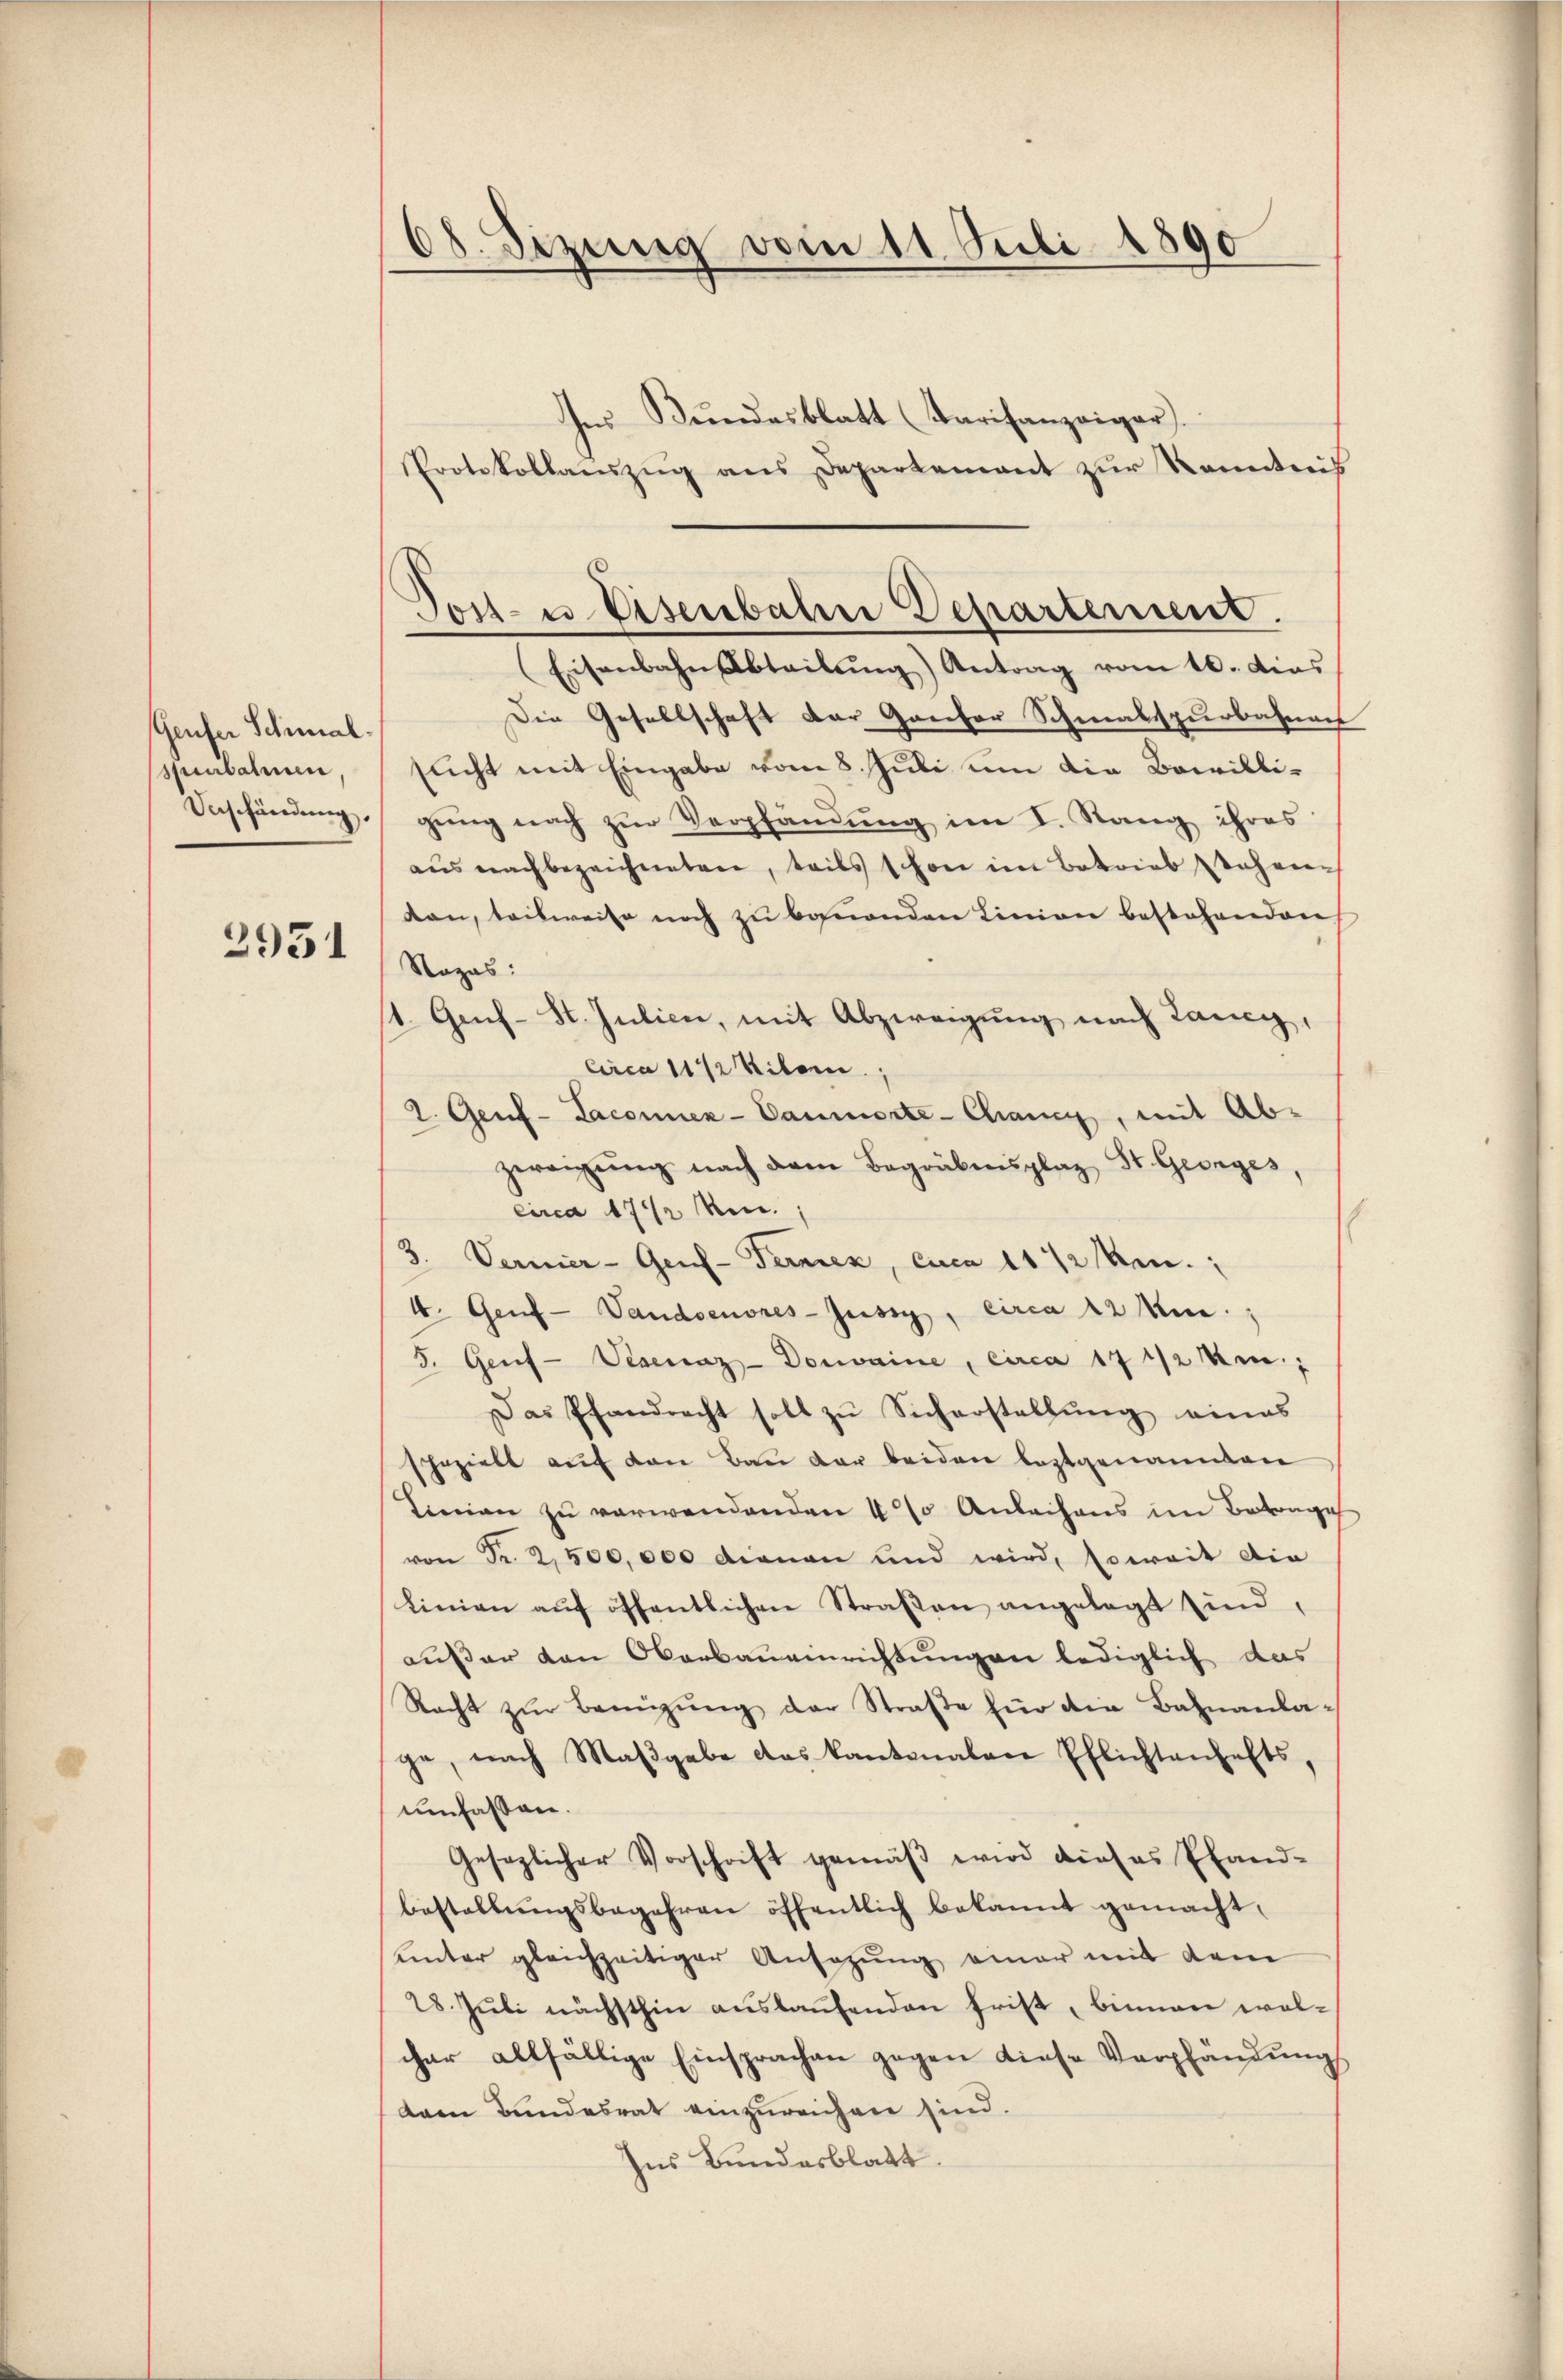
Geufer Schmal-
spitalien
Verschändung,

2951

38. Sizung vom 11. Juli 1890

Ins Bundesblatt (Tarifanzeiger
Protokollauszug aus Departement zur Kenntnis
Eisenbahn Abteilŭng) Antrag vom 16. dies
Die Gesellschaft der Ganzer Schmalspurbahnen
sucht mit Eingabe vom 8. Juli um die Bewilli-
gung nach zur Verpfändung im I. Rang ihres
aŭs nachbezeichneten, teils schon im Betrieb stehene
dan, teilweise noch zu bauenden Linien bestehenden,
Nozas:
1. Gef- St. Julien, mit Abzweigung nach Lang,
circa 11 ½ Kilom
2. Genf-Laconen-Cammerte - Chancy, mit Abzwaigŭng nach dem Begräbensplaz, St. Georges,
circa 1742 en
3. Vermier-Gens-Ternen, cica 1172 ken.
4. Genf - Vaudsenores-Jussy, circa 12 m.
5. Genf-Veneraz-Donvaine, circa 17 1/2 Um.;
Das Pfandrecht soll zŭ Sicherstellŭng eines
spezielt auf den Bau der beiden leztgenannten
Linien zu verwendenden 4 % Anleihens im Betrage
von Fr. 2,500,000 dienen und wird, soweit die
Linien aŭf öffentlichen Straβen angelegt sind,
außer von Oberbaueinrichtungen lediglich das
Racht zŭr Beizŭng der Straße für die Bahnanlage, nach Maβgabe das kantonalen Pflichtenhafts,
umfassen.
Gesezlicher Vorschrift gemäβ wird dieses Pfand-
bestellŭngsbegehren öffentlich bekannt gemacht.
unter gleichzeitiger Ansagŭng einer mit dem
28. Jŭli nächsthin aŭslaŭfenden frist, binnen wolchar allfällige Einsprachen gegen diese Verpfändung
dann Bundesrat einzureichen sind.
zus Bundesblatt.

Tost- u. Eisenbahne Departement.